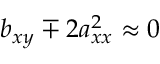
b _ { x y } \mp 2 a _ { x x } ^ { 2 } \approx 0